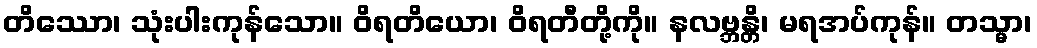
တိဿော၊ သုံးပါးကုန်သော။ ဝိရတိယော၊ ဝိရတီတို့ကို။ နလဗ္ဘန္တိ၊ မရအပ်ကုန်။ တသ္မာ၊